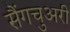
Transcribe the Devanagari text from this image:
सैंगचुअरी